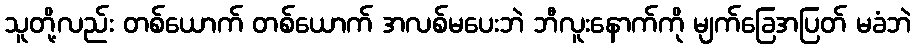
သူတို့လည်း တစ်ယောက် တစ်ယောက် အလစ်မပေးဘဲ ဘီလူးနောက်ကို မျက်ခြေအပြတ် မခံဘဲ